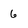
Character: 6